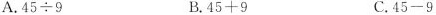
A.45\div9 B.45+9 C.45-9